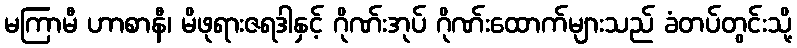
မကြာမီ ဟာစာနီ၊ မိဖုရားဇရဒါနှင့် ဂိုဏ်းအုပ် ဂိုဏ်းထောက်များသည် ခံတပ်တွင်းသို့